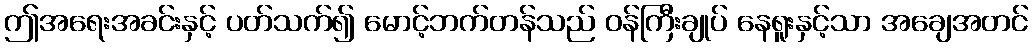
ဤအရေးအခင်းနှင့် ပတ်သက်၍ မောင့်ဘက်တန်သည် ဝန်ကြီးချုပ် နေရူးနှင့်သာ အချေအတင်